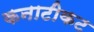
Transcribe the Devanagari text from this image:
कनाटीकट